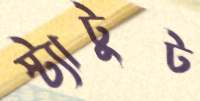
স্ট্যাটুট